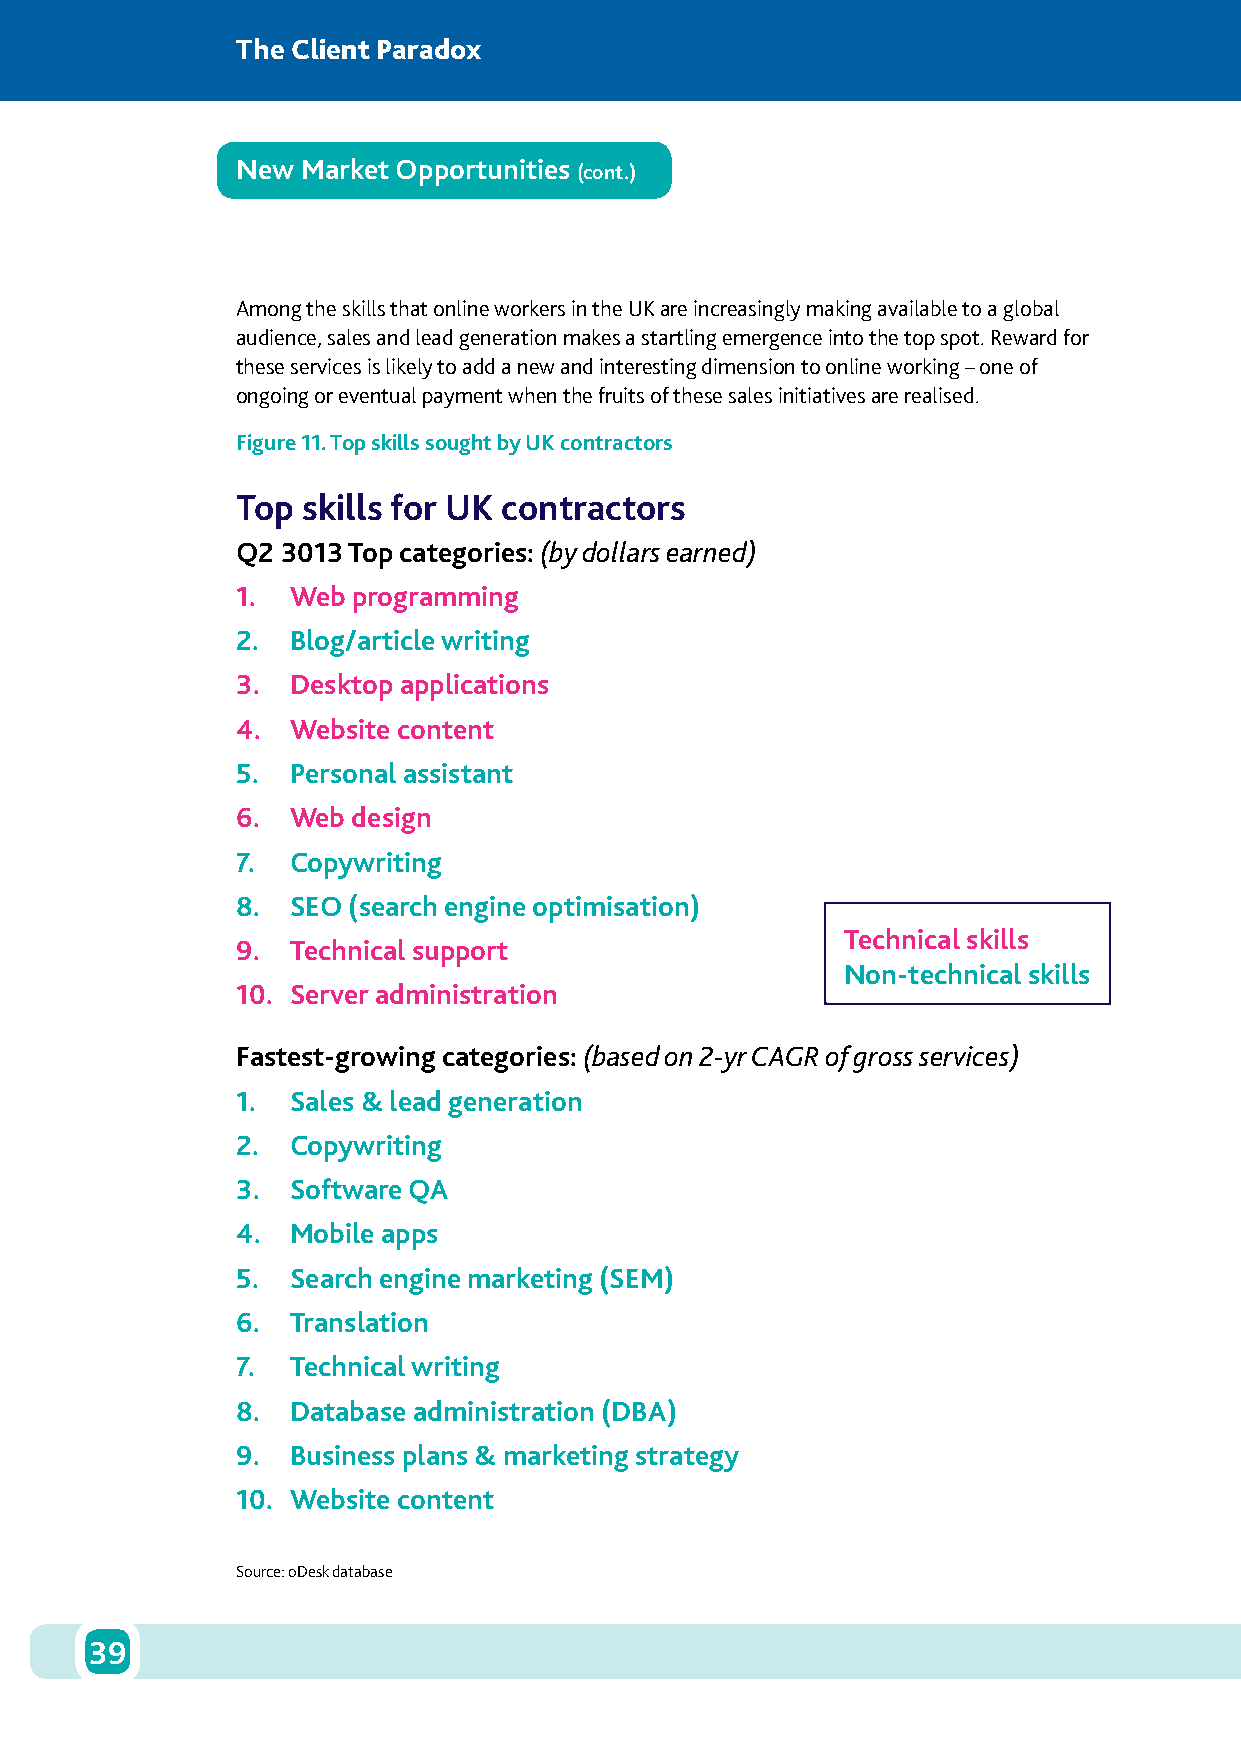
The Client Paradox
 New Market Opportunities
 (cont.)
 Among the skills that online workers in the UK are increasingly making available to a global
 audience, sales and lead generation makes a startling emergence into the top spot. Reward for
 these services is likely to add a new and interesting dimension to online working – one of
 ongoing or eventual payment when the fruits of these sales initiatives are realised.
 Figure 11. Top skills sought by UK contractors
 Top skills for UK contractors
 Q2 3013 Top categories: (by dollars earned)
 1. Web programming
 2. Blog/article writing
 3. Desktop applications
 4. Website content
 5. Personal assistant
 6. Web design
 7. Copywriting
 8. SEO (search engine optimisation)
 Technical skills
 9. Technical support
 Non-technical skills
 10. Server administration
 Fastest-growing categories: (based on 2-yr CAGR of gross services)
 1. Sales & lead generation
 2. Copywriting
 3. Software QA
 4. Mobile apps
 5. Search engine marketing (SEM)
 6. Translation
 7. Technical writing
 8. Database administration (DBA)
 9. Business plans & marketing strategy
 10. Website content
 Source: oDesk database
 39